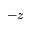
- z